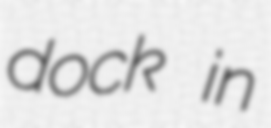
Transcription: dock in